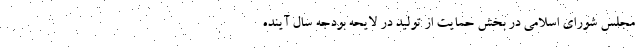
مجلس شورای اسلامی در بخش حمایت از تولید در لایحه بودجه سال آینده